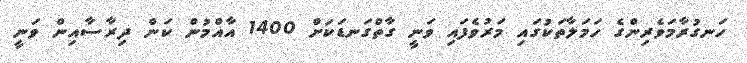
ހަނގުރާމަވެރިންގެ ހަމަލާތަކުގައި މަރުވެފައި ވަނީ ގާތްގަނޑަކަށް 1400 އާއްމުން ކަން ދިރާސާއިން ވަނީ